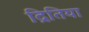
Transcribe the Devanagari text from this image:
द्रितिया